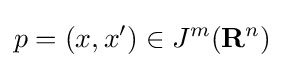
p=(x,x')\in J^{m}(\mathbf {R} ^{n})